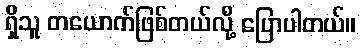
ရှိသူ တယောက်ဖြစ်တယ်လို့ ပြောပါတယ်။